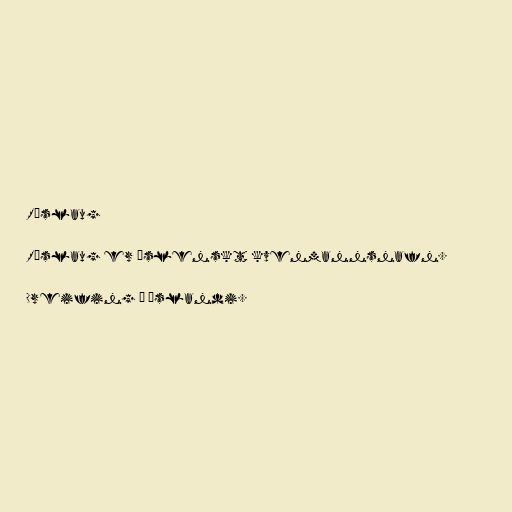
Róslaug

Róslaug er íslenskt kvenmannsnafn.

Dreifing á Íslandi.